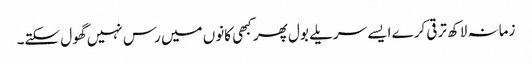
زمانہ لاکھ ترقی کرے ایسے سریلے بول پھر کبھی کانوں میں رس نہیں گھول سکتے۔